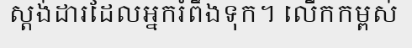
ស្តង់ដារដែលអ្នករំពឹងទុក។ លើកកម្ពស់